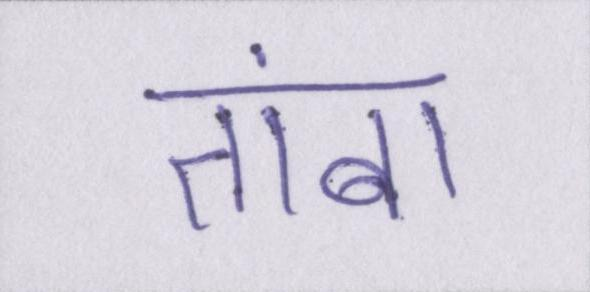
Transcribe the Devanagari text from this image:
तांबा